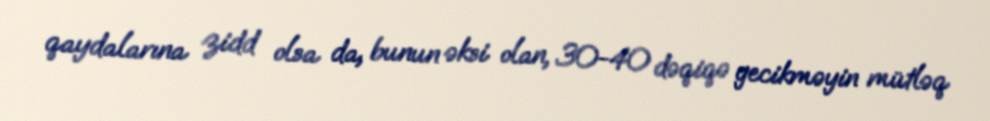
qaydalarına zidd olsa da, bunun əksi olan, 30-40 dəqiqə gecikməyin mütləq